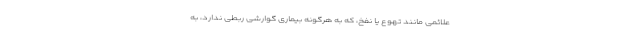
علائمی مانند تهوع یا نفخ، که به هرگونه بیماری گوارشی ربطی ندارد، به